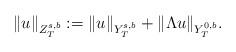
LaTeX: \begin{align*}\| u \|_{Z^{s,b}_T} := \| u \|_{Y^{s,b}_T} + \| \Lambda u \|_{Y^{0,b}_T}.\end{align*}